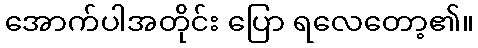
အောက်ပါအတိုင်း ပြော ရလေတော့၏။